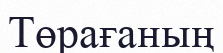
Төрағаның